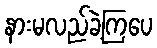
နားမလည်ခဲ့ကြပေ